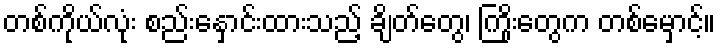
တစ်ကိုယ်လုံး စည်းနှောင်းထားသည့် ချိတ်တွေ၊ ကြိုးတွေက တစ်မှောင့်။